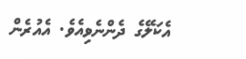
އެކަލޭގެ ދެންނެވިއެވެ. އެއުރެން